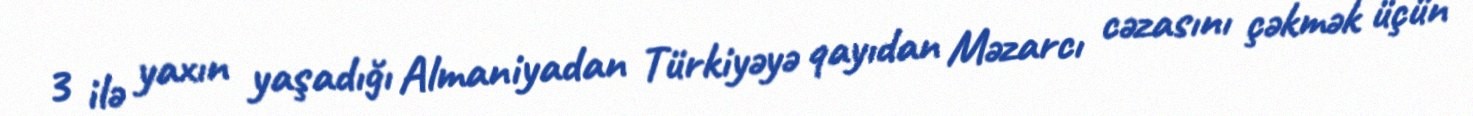
3 ilə yaxın yaşadığı Almaniyadan Türkiyəyə qayıdan Məzarcı cəzasını çəkmək üçün